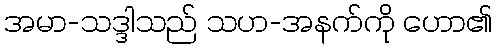
အမာ-သဒ္ဒါသည် သဟ-အနက်ကို ဟော၏